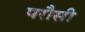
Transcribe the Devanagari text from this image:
परौसी